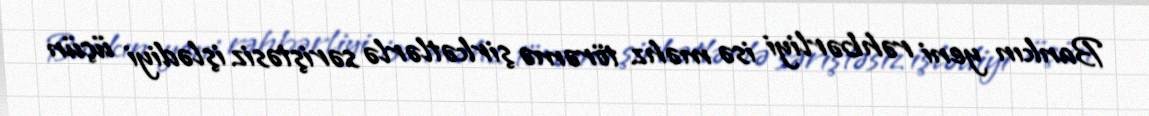
Bankın yeni rəhbərliyi isə məhz törəmə şirkətlərlə səriştəsiz işlədiyi üçün